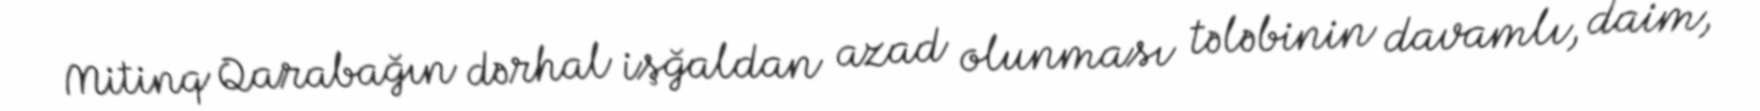
Mitinq Qarabağın dərhal işğaldan azad olunması tələbinin davamlı, daim,